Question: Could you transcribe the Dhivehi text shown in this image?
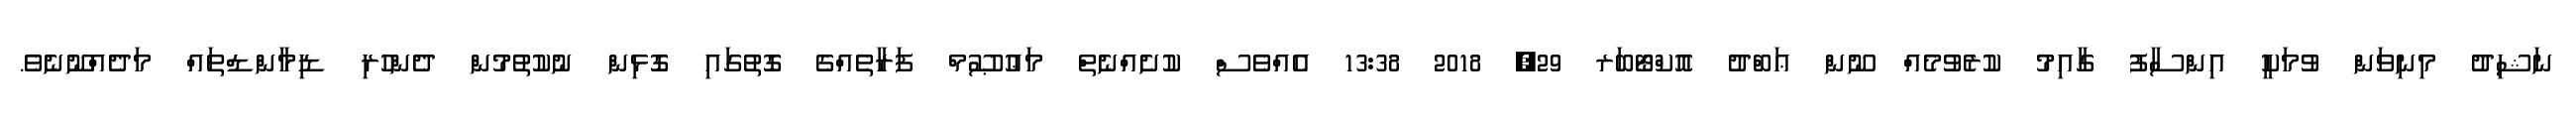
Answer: ނަޝިދު މިނިވަން ވުމަކީ އިންސާފު ގާއިމު ކުރެވުމެއްް ނޫން ޢަބްދު އޮކްޓޯބަރ 29, 2018 13:38 އެއްވެސް ކުށެއްނެތް މަޢުޞޫމް ފަރާތެއްގެ ގޮތުގައި ގޮޅިން ނުކުތުމުން ދެންހުރި ޑިމާންޑްތައް މަދެއްނޫނެވެ.